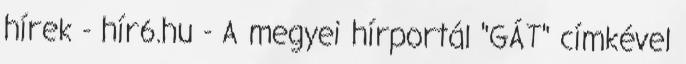
hírek - hír6.hu - A megyei hírportál "GÁT" címkével